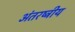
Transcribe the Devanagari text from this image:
अंतरष्ट्रीय